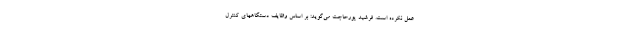
عمل نکرده است. فرشید پورحاجت می‌گوید: بر اساس وظایف دستگاههای کنترل